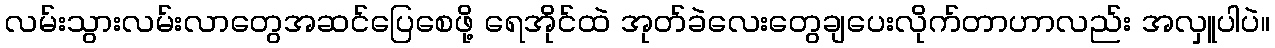
လမ်းသွားလမ်းလာတွေအဆင်ပြေစေဖို့ ရေအိုင်ထဲ အုတ်ခဲလေးတွေချပေးလိုက်တာဟာလည်း အလှူပါပဲ။